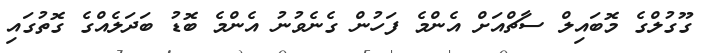
ގޫގުލްގެ މޮބައިލް ސާޗްއަށް އެންމެ ފަހުން ގެނެވުނު އެންމެ ބޮޑު ބަދަލެއްގެ ގޮތުގައި